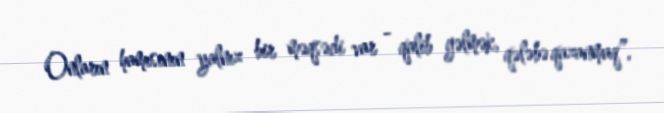
Onların hamısının yalnız bir məqsədi var - qalib gəlmək, qələbə qazanmaq”.